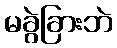
မခွဲခြားဘဲ